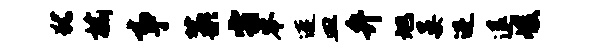
犹榆事藁霜岑连皿弁旭晏进退峻